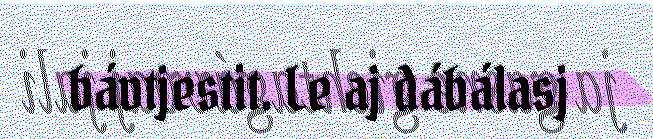
bávtjestit. Le aj dábálasj